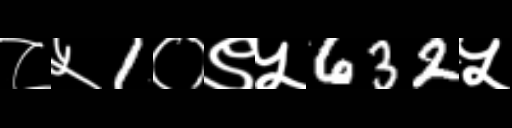
Text: ८५1०९५632५